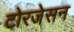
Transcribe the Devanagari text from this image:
टोरजेसन